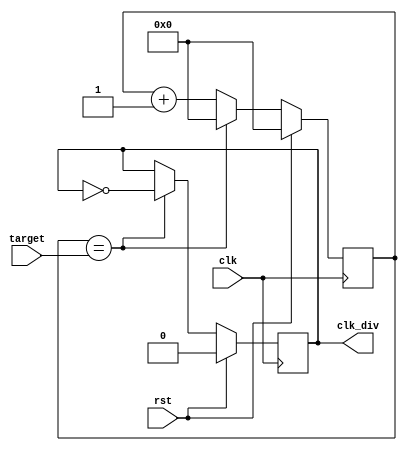
`timescale 1ns / 1ps
//////////////////////////////////////////////////////////////////////////////////
// Company: 
// Engineer: 
// 
// Design Name: 
// Module Name: divider
// Project Name: 
// Target Devices: 
// Tool Versions: 
// Description: 
// 
// Dependencies: 
// 
// Revision:
// Revision 0.01 - File Created
// Additional Comments:
// 
//////////////////////////////////////////////////////////////////////////////////


module divider(
    input clk,rst,
    input [15:0] target,
    output reg clk_div
    );
    reg [15:0] counter;
    always @(posedge clk) begin
        if(rst)
        begin
            counter <= 0;
            clk_div <= 0;
        end
        else if(counter==target)
        begin
            counter <= 0;
            clk_div <= ~clk_div;
        end
        else 
            counter <= counter+1;
    end
endmodule